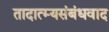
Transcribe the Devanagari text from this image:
तादात्म्यसंबंधवाद